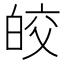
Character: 皎